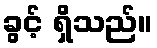
ခွင့် ရှိသည်။